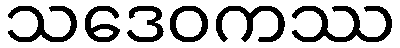
သဒေဝကဿ